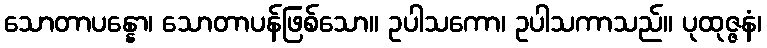
သောတာပန္နော၊ သောတာပန်ဖြစ်သော။ ဥပါသကော၊ ဥပါသကာသည်။ ပုထုဇ္ဇနံ၊